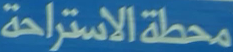
محطة الاستراحة